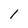
Character: l